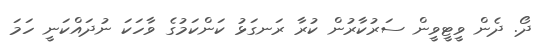
ދޯ. ދެން ވީޓީވީން ސަރުކާރުން ކުރާ ރަނގަޅު ކަންކަމުގެ ވާހަކަ ނުދައްކަނީ ހަމަ